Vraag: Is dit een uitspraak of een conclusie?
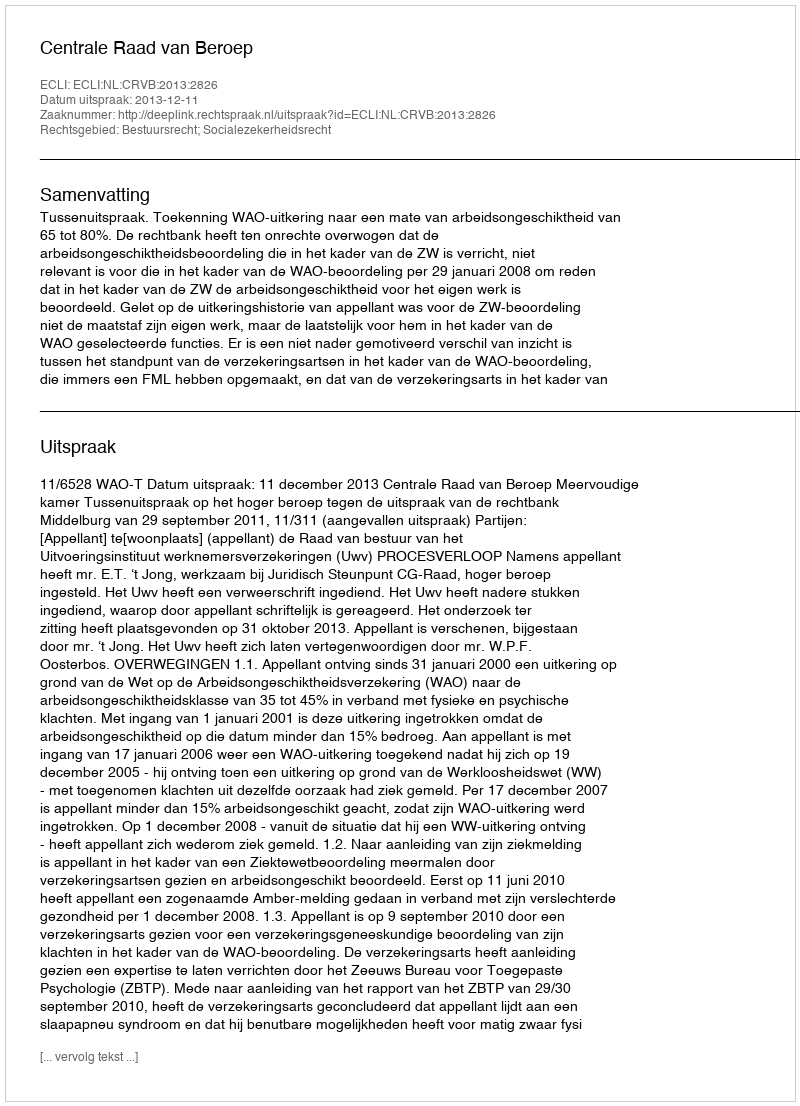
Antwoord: Uitspraak